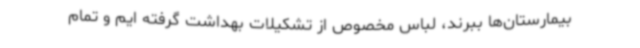
بیمارستان‌ها ببرند، لباس مخصوص از تشکیلات بهداشت گرفته ایم و تمام